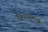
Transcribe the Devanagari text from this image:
विधेयकमध्ये